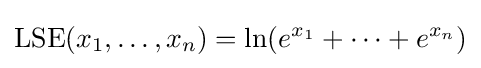
\operatorname {LSE} (x_{1},\dots ,x_{n})=\ln(e^{x_{1}}+\cdots +e^{x_{n}})